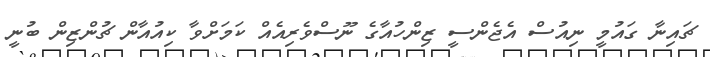
ޗައިނާ ގައުމީ ނިއުސް އެޖެންސީ ޒިންހުއާގެ ނޫސްވެރިއެއް ކަމަށްވާ ކިއުއާން ޗުންޒިން ބުނީ